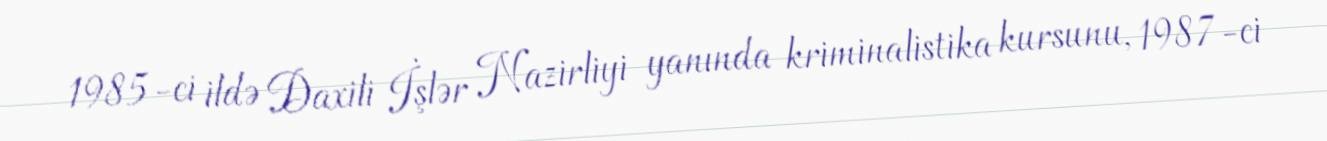
1985-ci ildə Daxili İşlər Nazirliyi yanında kriminalistika kursunu, 1987-ci